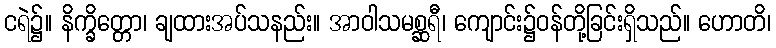
ငရဲ၌။ နိက္ခိတ္တော၊ ချထားအပ်သနည်း။ အာဝါသမစ္ဆရီ၊ ကျောင်း၌ဝန်တို့ခြင်းရှိသည်။ ဟောတိ၊